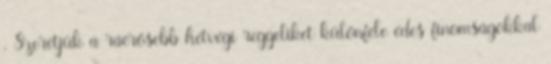
. Szeretjük a ráérősebb hétvégi reggeliket különféle édes finomságokkal